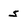
Character: s